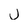
Character: j